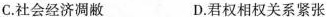
C.社会经济凋敝 D.君权相权关系紧张